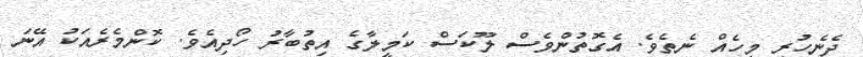
ދެނެހުރި މީހެއް ނެތެވެ. އެގޮތުންވެސް ލޫކަސް ކަމީލާގެ އިތުބާރު ހޯދިއެވެ. ކޮންމެރެއަކު އޭނަ